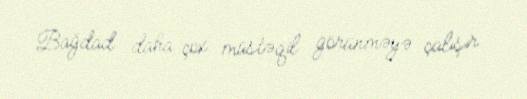
Bağdad daha çox müstəqil görünməyə çalışır.